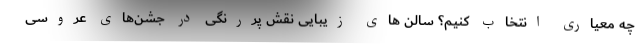
چه معیاری انتخاب کنیم؟ سالن ‌های زیبایی نقش پررنگی در جشن‌های عروسی